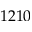
1 2 1 0